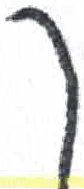
אות: ך